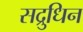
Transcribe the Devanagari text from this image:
सद्रुधिन